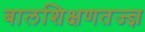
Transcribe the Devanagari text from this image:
बालशिक्षणतज्ज्ञ